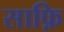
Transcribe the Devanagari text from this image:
साफ़ि